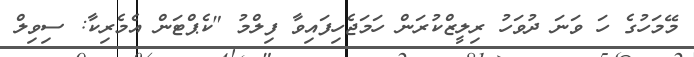
މޭމަހުގެ ހަ ވަނަ ދުވަހު ރިލީޒްކުރަން ހަމަޖެހިފައިވާ ފިލްމު "ކެޕްޓަން އެމެރިކާ: ސިވިލް